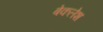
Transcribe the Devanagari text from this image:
बेकलेश